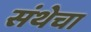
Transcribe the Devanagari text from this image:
संथेचा